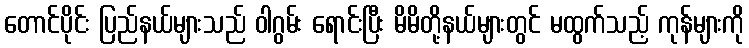
တောင်ပိုင်း ပြည်နယ်များသည် ဝါဂွမ်း ရောင်းပြီး မိမိတို့နယ်များတွင် မထွက်သည့် ကုန်များကို